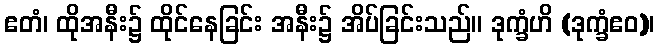
ဧတံ၊ ထိုအနီး၌ ထိုင်နေခြင်း အနီး၌ အိပ်ခြင်းသည်။ ဒုက္ခံဟိ (ဒုက္ခံဧဝ)၊